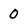
Character: 0